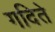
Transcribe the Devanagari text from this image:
गदिते